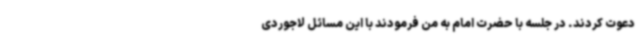
دعوت کردند. در جلسه با حضرت امام به من فرمودند با این مسائل لاجوردی